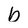
Character: b